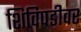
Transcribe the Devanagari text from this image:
शिविपडीवर